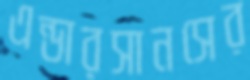
এন্ডারসানসের